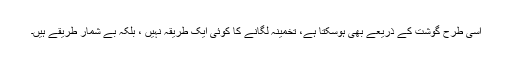
اسی طرح گوشت کے ذریعے بھی ہوسکتا ہے، تخمینہ لگانے کا کوئی ایک طریقہ نہیں ، بلکہ بے شمار طریقے ہیں۔